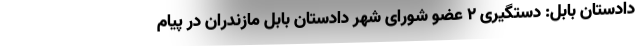
دادستان بابل: دستگیری ۲ عضو شورای شهر دادستان بابل مازندران در پیام